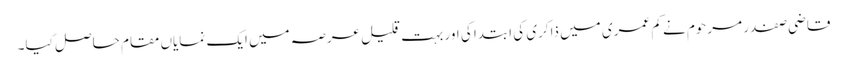
قاضی صفدر مرحوم نے کم عمری میں ذاکری کی ابتدا کی اور بہت قلیل عرصہ میں ایک نمایاں مقام حاصل کیا۔